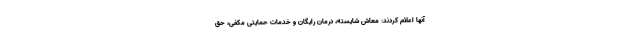
آنها اعلام کردند: معاش شایسته، درمان رایگان و خدمات حمایتی مکفی، حق